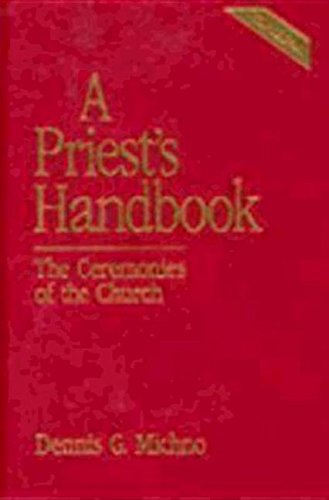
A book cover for A Priest's Handbook: The Ceremonies of the Church (3rd Edition); Dennis G. Michno; Christian Books & Bibles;